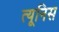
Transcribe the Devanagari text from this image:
त्यूनिस